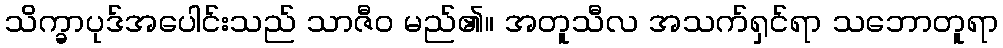
သိက္ခာပုဒ်အပေါင်းသည် သာဇီဝ မည်၏။ အတူသီလ အသက်ရှင်ရာ သဘောတူရာ